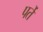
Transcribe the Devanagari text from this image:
पर्ते